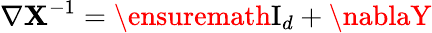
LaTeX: \nabla\mathbf{X}^{-1}=\ensuremath{{\mathrm{{I}}_{d}}}+\nablaY